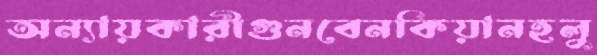
অন্যায়কারীগুনবেনকিয়ানহলু